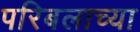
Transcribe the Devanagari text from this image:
परिबलाच्या